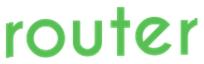
router